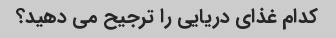
کدام غذای دریایی را ترجیح می دهید؟